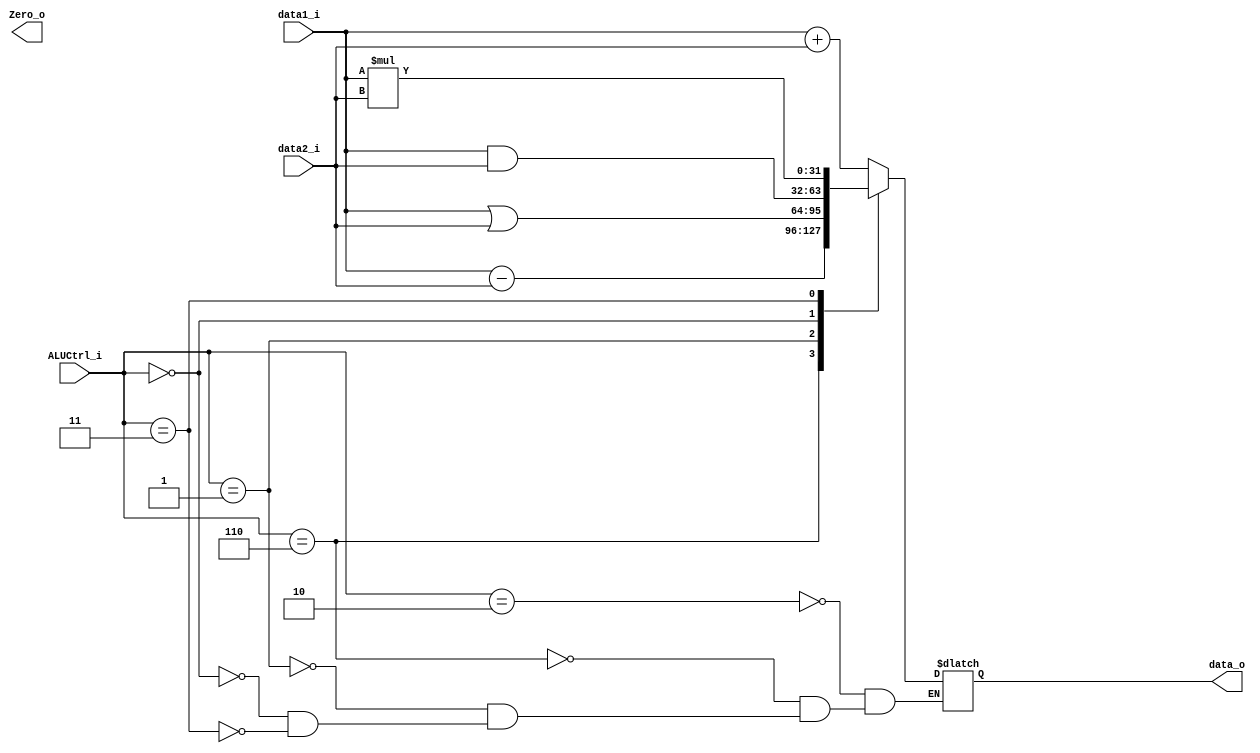
module ALU
(
	data1_i,
    data2_i,
    ALUCtrl_i,
    data_o,
    Zero_o
);

input	[31:0]	data1_i, data2_i;
input	[2:0]	ALUCtrl_i;
output	[31:0]	data_o;
output			Zero_o;

reg		[31:0] data_o;

always @(data1_i or data2_i or ALUCtrl_i) begin
	case(ALUCtrl_i)
		3'b010: data_o = data1_i + data2_i;
		3'b110: data_o = data1_i - data2_i;
		3'b001: data_o = data1_i | data2_i;
		3'b000: data_o = data1_i & data2_i;
		3'b011: data_o = data1_i * data2_i;
	endcase
end

endmodule